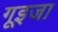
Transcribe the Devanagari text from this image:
गूइजा